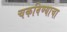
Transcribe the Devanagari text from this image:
चकविण्याचा